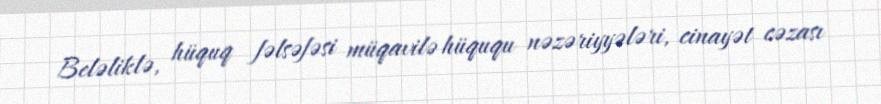
Beləliklə, hüquq fəlsəfəsi müqavilə hüququ nəzəriyyələri, cinayət cəzası